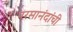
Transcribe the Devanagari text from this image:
परमानंदांची